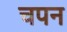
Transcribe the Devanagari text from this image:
चपन